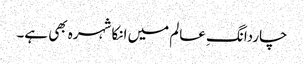
چاردانگِ عالم میں انکا شہرہ بھی ہے۔